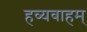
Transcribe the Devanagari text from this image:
हव्यवाहम्